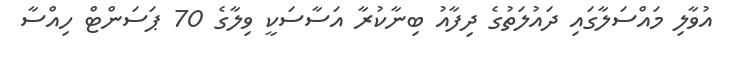
އުވާލި މައްސަލާގައި ދައުލަތުގެ ދިފާއު ބިނާކުރާ އަސާސަކީ ވިލާގެ 70 ޕަސަންޓް ހިއްސާ